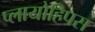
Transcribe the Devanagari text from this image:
प्लायोहिपस